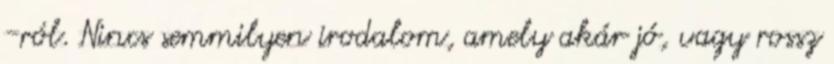
-ról. Nincs semmilyen irodalom, amely akár jó, vagy rossz